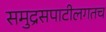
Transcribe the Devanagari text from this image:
समुद्रसपाटीलगतच